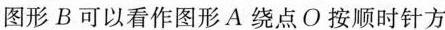
图形B可以看作图形A绕点O按顺时针方